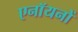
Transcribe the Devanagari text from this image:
एनॉयनों